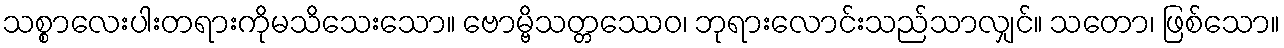
သစ္စာလေးပါးတရားကိုမသိသေးသော။ ဗောမ္ဗိသတ္တဿေဝ၊ ဘုရားလောင်းသည်သာလျှင်။ သတော၊ ဖြစ်သော။